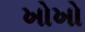
ખોખો